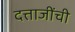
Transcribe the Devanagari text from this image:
दत्ताजींची